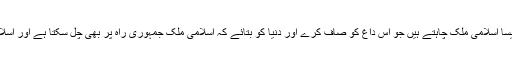
چنانچہ اقبال کا جواب یہ تھا کہ ہم ایسا اسلامی ملک چاہتے ہیں جو اس داغ کو صاف کرے اور دنیا کو بتائے کہ اسلامی ملک جمہوری راہ پر بھی چل سکتا ہے اور اسلام جمہوریت پر بھی یقین رکھتا ہے۔